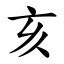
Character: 亥